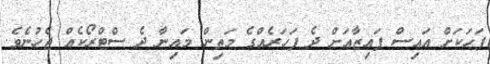
ފަހަކަށް އައިސް ފައިޒާއަށް ދެ ފަހަރެއްގެ މަތިން މައިނާ ދެ ސްޓްރޯކެއް ޖެހުނެވެ.